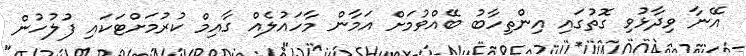
އޭނާ ވިދާޅުވި ގޮތުގައި އިންތިހާބު ބޭއްވުމަށް އަމާން މާހައުލެއް ގާއިމް ކުރުމަށްޓަކައި ފުލުހުން